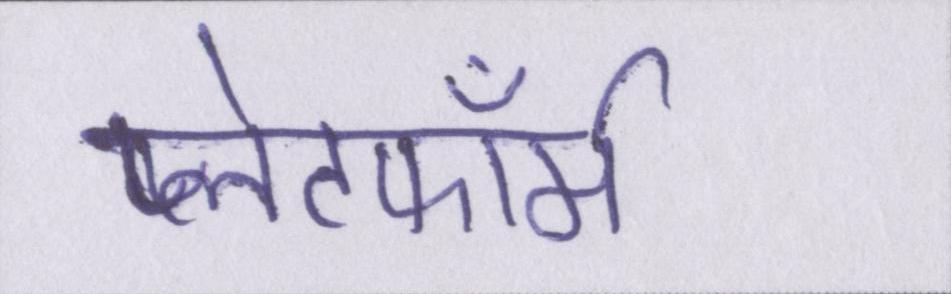
प्लेटफॉर्म